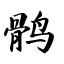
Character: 鹘